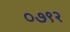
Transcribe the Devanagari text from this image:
०७९२